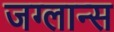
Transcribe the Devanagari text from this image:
जग्लान्स